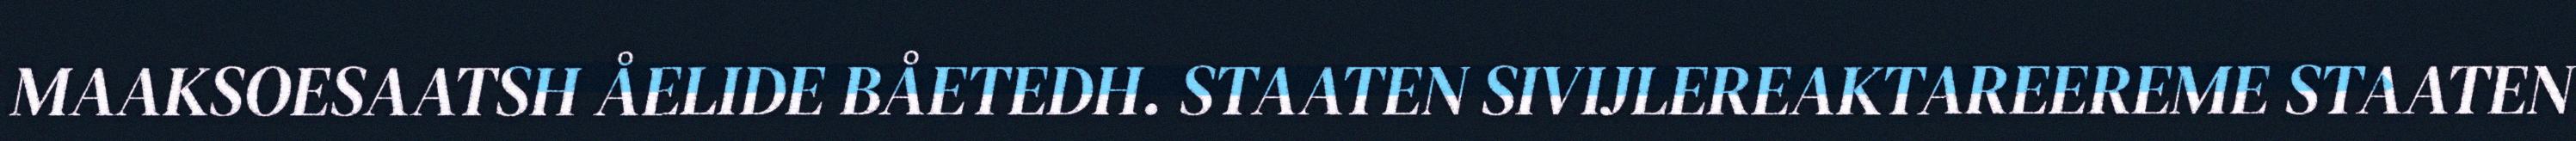
MAAKSOESAATSH ÅELIDE BÅETEDH. STAATEN SIVIJLEREAKTAREEREME STAATEN